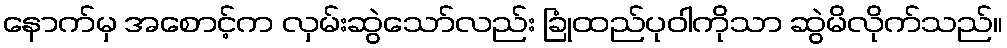
နောက်မှ အစောင့်က လှမ်းဆွဲသော်လည်း ခြုံထည်ပုဝါကိုသာ ဆွဲမိလိုက်သည်။